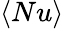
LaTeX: \langle Nu\rangle